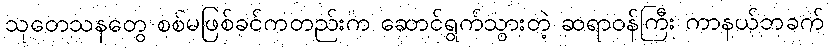
သုတေသနတွေ စစ်မဖြစ်ခင်ကတည်းက ဆောင်ရွက်သွားတဲ့ ဆရာဝန်ကြီး ကာနယ်ဘခက်